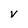
Character: V